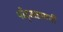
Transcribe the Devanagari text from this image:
पोट्सडामची